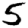
Digit: 5